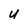
Character: U